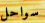
سواحل